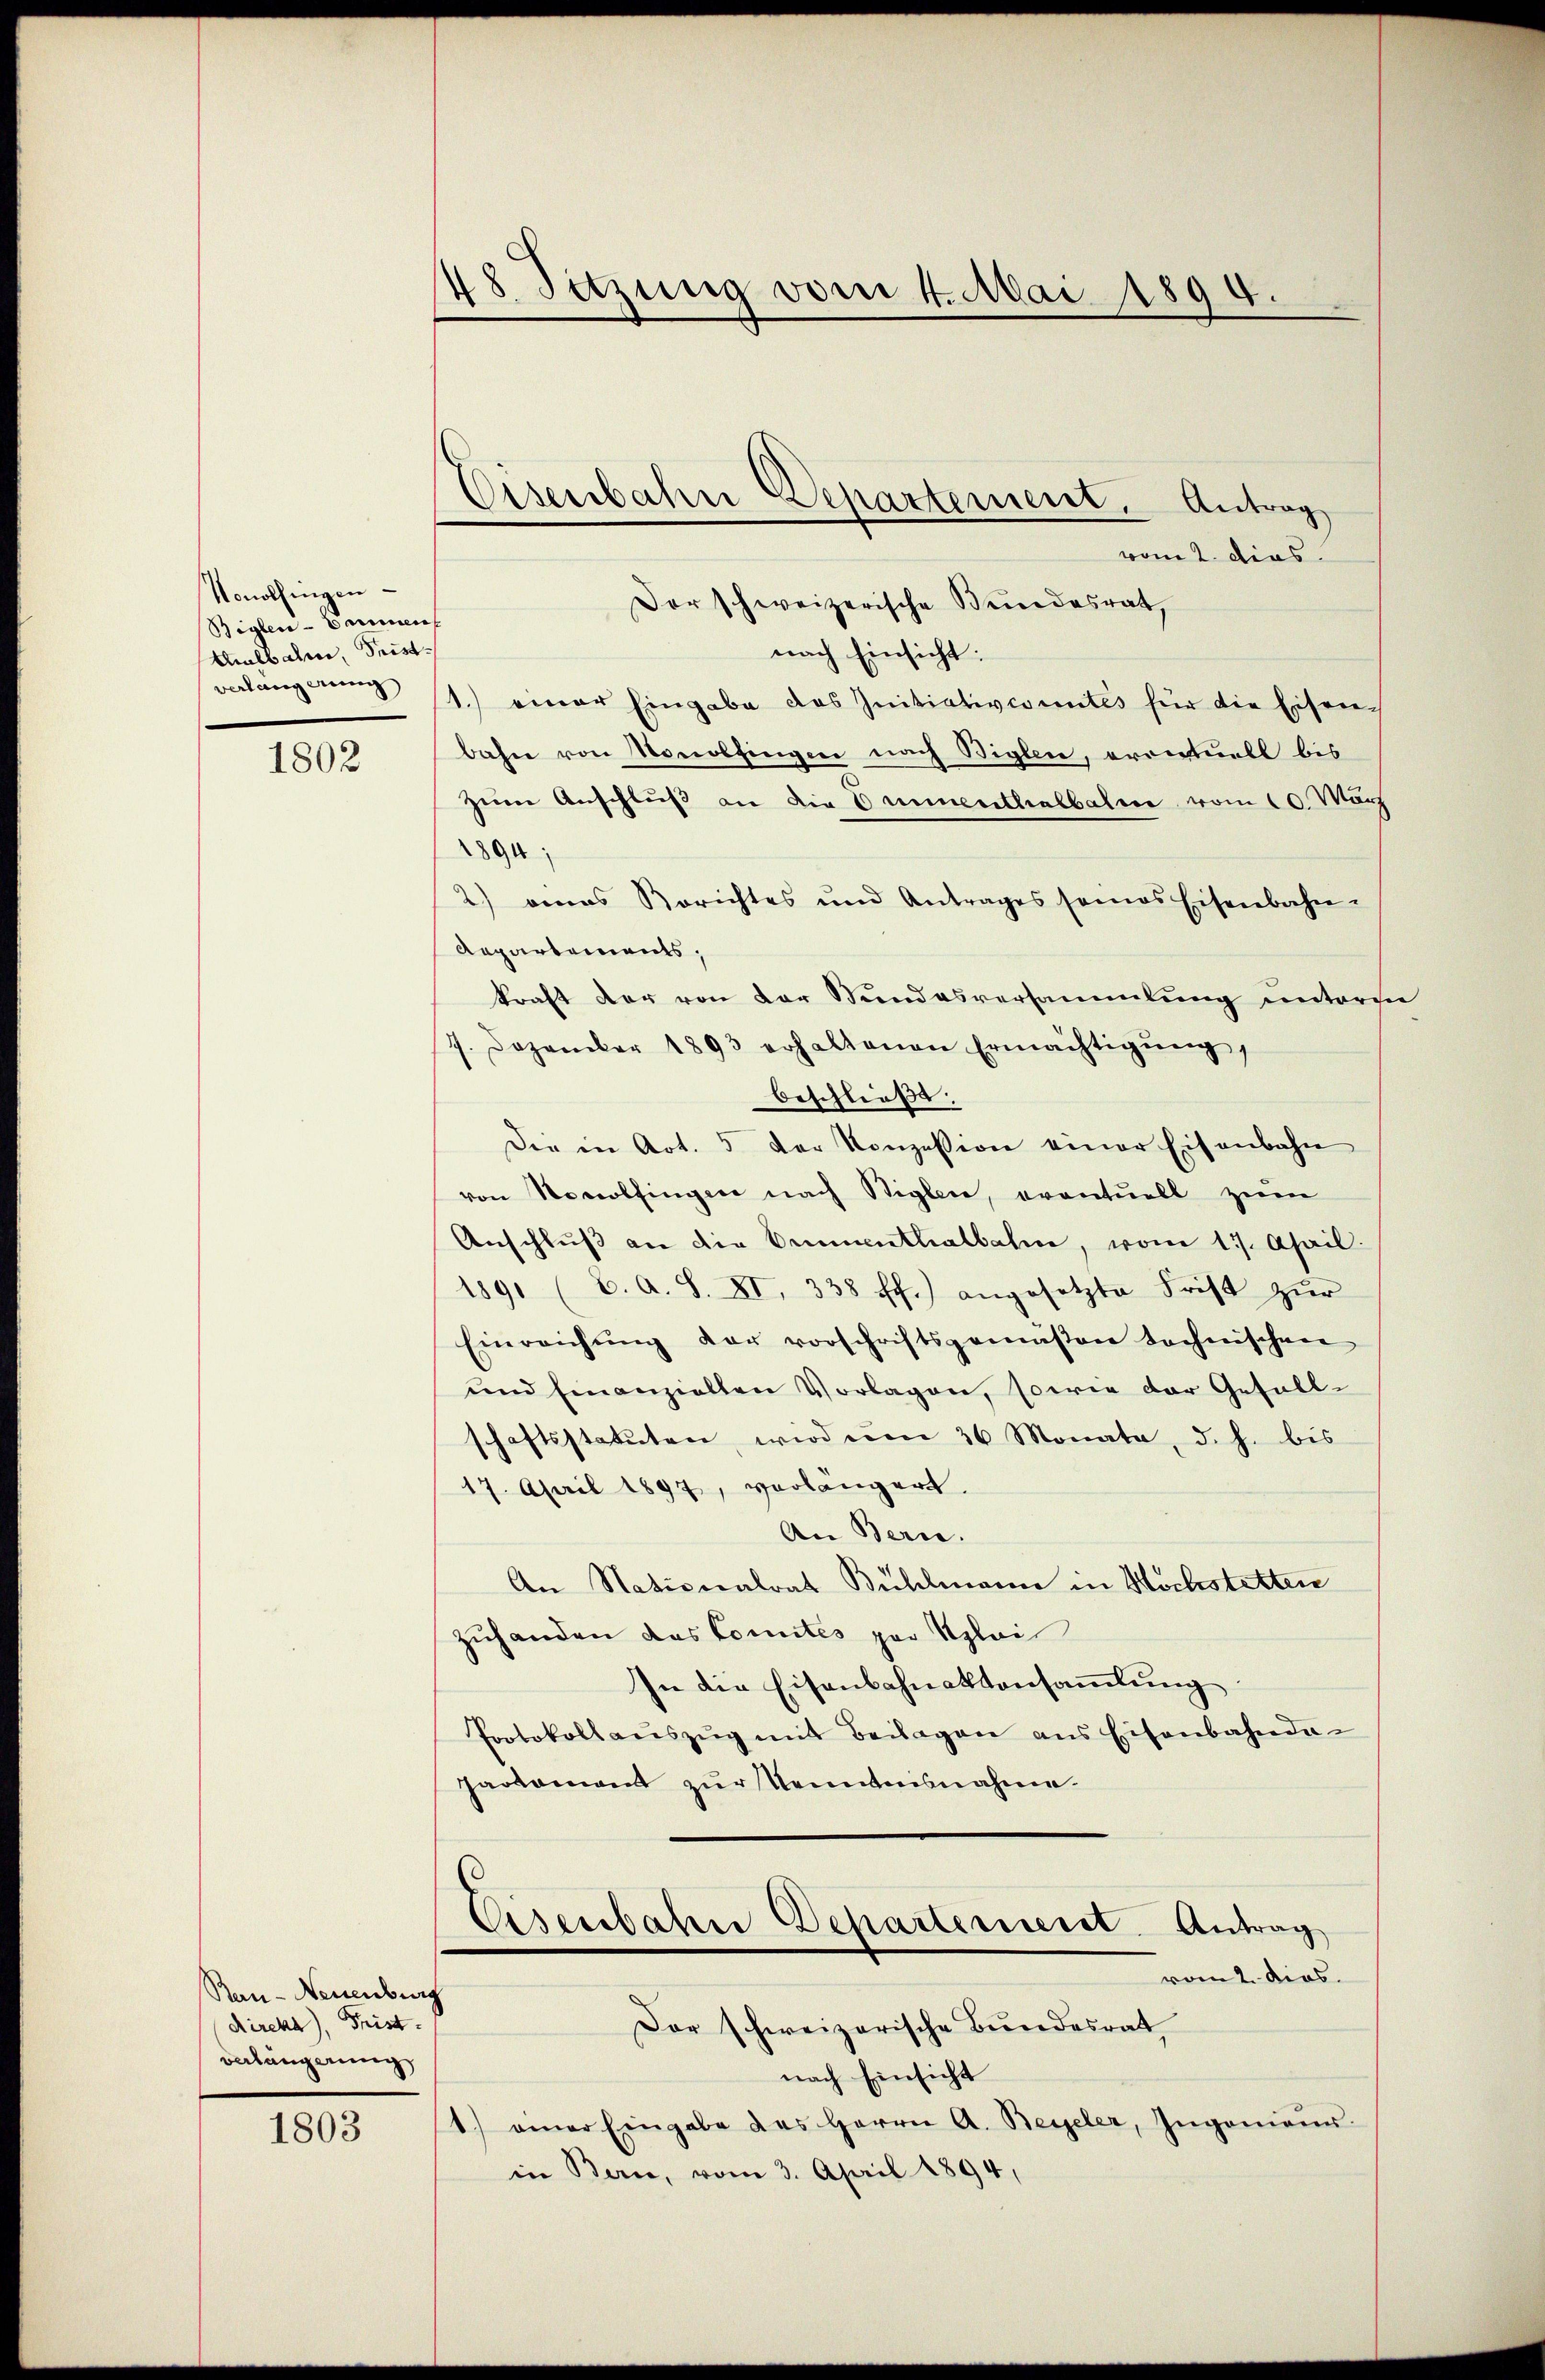
Vonolfingen
Biglen - Cammen
Umlbahn, Seistverlang ang

1802

Rau- Neuenburg
Direkt), Frist.
verlängerung

1803

48 Sitzung vom 4. Mai 1894.

Eisenbahn Departement. Antrag
Der schweizerische Bundesrat,

vom 2. dies
nach Einsicht:
1.) einer Eingabe das Initiativcomites für die Eisenbahn von Monolfingen nach Biglen, erontuell bis
zŭm Anschlŭβ an die 4 minenthalbalen vom 10. März
1894;
2.) eines Berichtes und Antrages seines Eisenbahn-
Repartements,
kraft der von der Stundesversammlung untersei
1. Dezember 1893 erhaltenen Ermächtigŭng,
beschließe.
Die in Art. 5 der Konzession einer Eisenbahn
von Novolfingen nach Bigler, eventuell zum
Anschlŭβ an die Amnenthalbahne, vom 17. April.
1891 (C. A. S. XI, 338 ff.) angesetzte Frist zŭr
Einreichung der vorschriftsgemäßen technischen
und finanzielten Vorlagen, sowie der Gefällschaftsstatuten, wird von 36 Monata, d. h. bis
17. April 1897, verlängert.
An Bern.
An Nationalrat Bühlmann in Hochstetten
zuhanden das Comités par Klei
In die Eisenbahnaktensammlung
Protokoll aŭszŭg mit Beilagen ans Eisenbahnda-
parkament zur Kenntnisnahme.
Eisenbahn Departement
Antrag
vom 2. dies.
Der schweizerische Bundesrat
nach Einsicht
1) einer Eingabe des Herrn A. Beyeler, Ingenieŭr
in Bern, vom 3. April 1894,